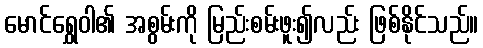
မောင်ရွှေဝါ၏ အစွမ်းကို မြည်းစမ်းဖူး၍လည်း ဖြစ်နိုင်သည်။